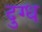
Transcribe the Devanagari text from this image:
दुग्‍ध